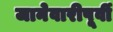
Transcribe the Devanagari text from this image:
जानेवारीपूर्वी